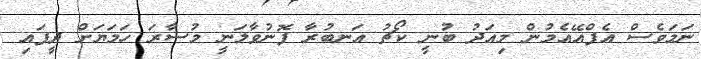
ނަމަވެސް އެފްއޭއެމުން މިއަދު ބުނީ ކޯޗު އަނބުރާ ފޮނުވާލަނީ މުސާރަ ހަމަޔަށް ދީފައި